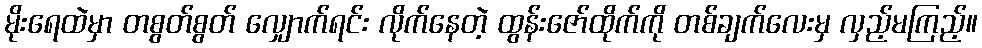
မိုးရေထဲမှာ တစွတ်စွတ် လျှောက်ရင်း လိုက်နေတဲ့ ထွန်းဇော်ထိုက်ကို တစ်ချက်လေးမှ လှည့်မကြည့်။